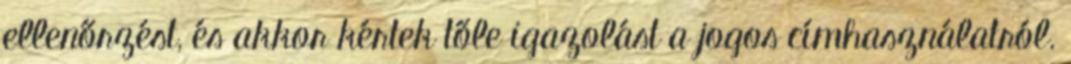
ellenőrzést, és akkor kértek tőle igazolást a jogos címhasználatról.